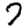
Digit: 7